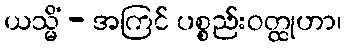
ယသ္မိံ - အကြင် ပစ္စည်းဝတ္ထုဟာ၊